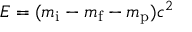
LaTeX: E = ( m _ { \mathrm { i } } - m _ { \mathrm { f } } - m _ { \mathrm { p } } ) c ^ { 2 }